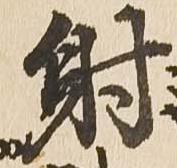
射